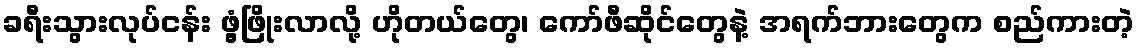
ခရီးသွားလုပ်ငန်း ဖွံ့ဖြိုးလာလို့ ဟိုတယ်တွေ၊ ကော်ဖီဆိုင်တွေနဲ့ အရက်ဘားတွေက စည်ကားတဲ့